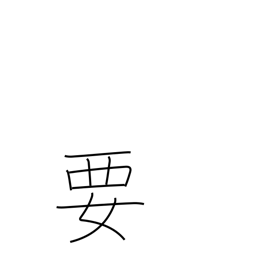
Meaning: need